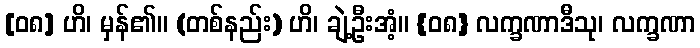
[၀၈] ဟိ၊ မှန်၏။ (တစ်နည်း) ဟိ၊ ချဲ့ဦးအံ့။ {၀၈} လက္ခဏာဒီသု၊ လက္ခဏာ